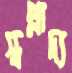
স্বপ্নাদ্য